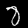
Digit: 8